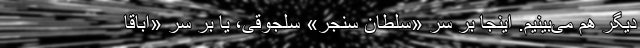
دیگر هم می‌بینیم. اینجا بر سر «سلطان سنجر» سلجوقی، یا بر سر «اَباقا